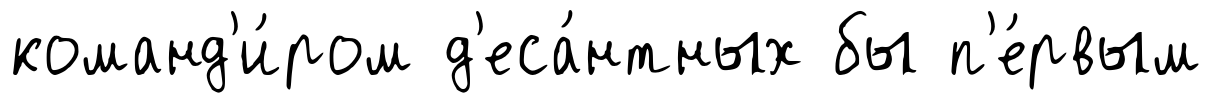
команд'и́ром д'еса́нтных бы п'е́рвым